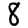
Digit: 8